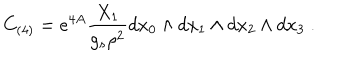
C _ { ( 4 ) } = e ^ { 4 A } { \frac { X _ { 1 } } { g _ { s } \rho ^ { 2 } } } d x _ { 0 } \wedge d x _ { 1 } \wedge d x _ { 2 } \wedge d x _ { 3 } \ .